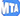
MTA